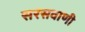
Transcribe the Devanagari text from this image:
सरसवाणी